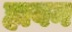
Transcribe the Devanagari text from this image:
हावन